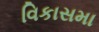
વિકાસમા